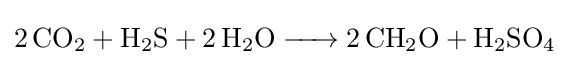
{\ce {2CO2 + H2S + 2H2O -> 2CH2O + H2SO4}}